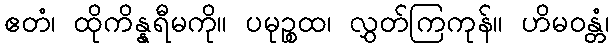
ဧတံ၊ ထိုကိန္နရီမကို။ ပမုဉ္စထ၊ လွှတ်ကြကုန်။ ဟိမဝန္တံ၊